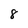
Character: 8